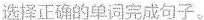
选择正确的单词完成句子.